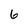
Character: 6